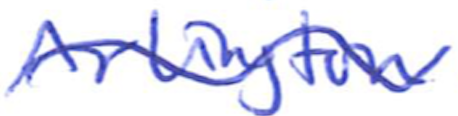
Text: Arlington
Cross-out: wave
Writing tool: ballpoint